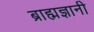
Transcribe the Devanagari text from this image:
ब्राह्मज्ञानी